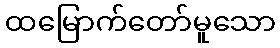
ထမြောက်တော်မူသော